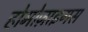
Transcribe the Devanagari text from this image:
होमोज़ाइगस